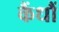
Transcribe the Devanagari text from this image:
कैंधौं